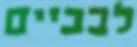
לבביים